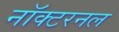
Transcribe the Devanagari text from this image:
नॉक्टरनल